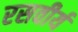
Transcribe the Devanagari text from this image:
रसवीर्य